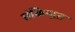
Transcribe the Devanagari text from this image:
संकेिन्द्रत